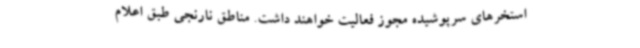
استخرهای سرپوشیده مجوز فعالیت خواهند داشت. مناطق نارنجی طبق اعلام